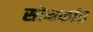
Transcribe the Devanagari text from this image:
सोमकांत